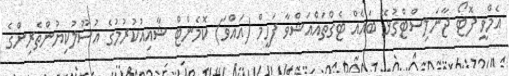
އެމްވީ ފޮޓޯ ޖާނަލިސްޓްގުޅޭ ބައެއް ޓެގްތައްއަޝްވާ ފަހީމް (އައްވަ) ކޮމެންޓް ޝާއިއުކުރުމުގެ އުސޫލުކިޔުންތެރިންގެ